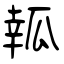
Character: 瓡